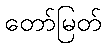
တော်မြတ်